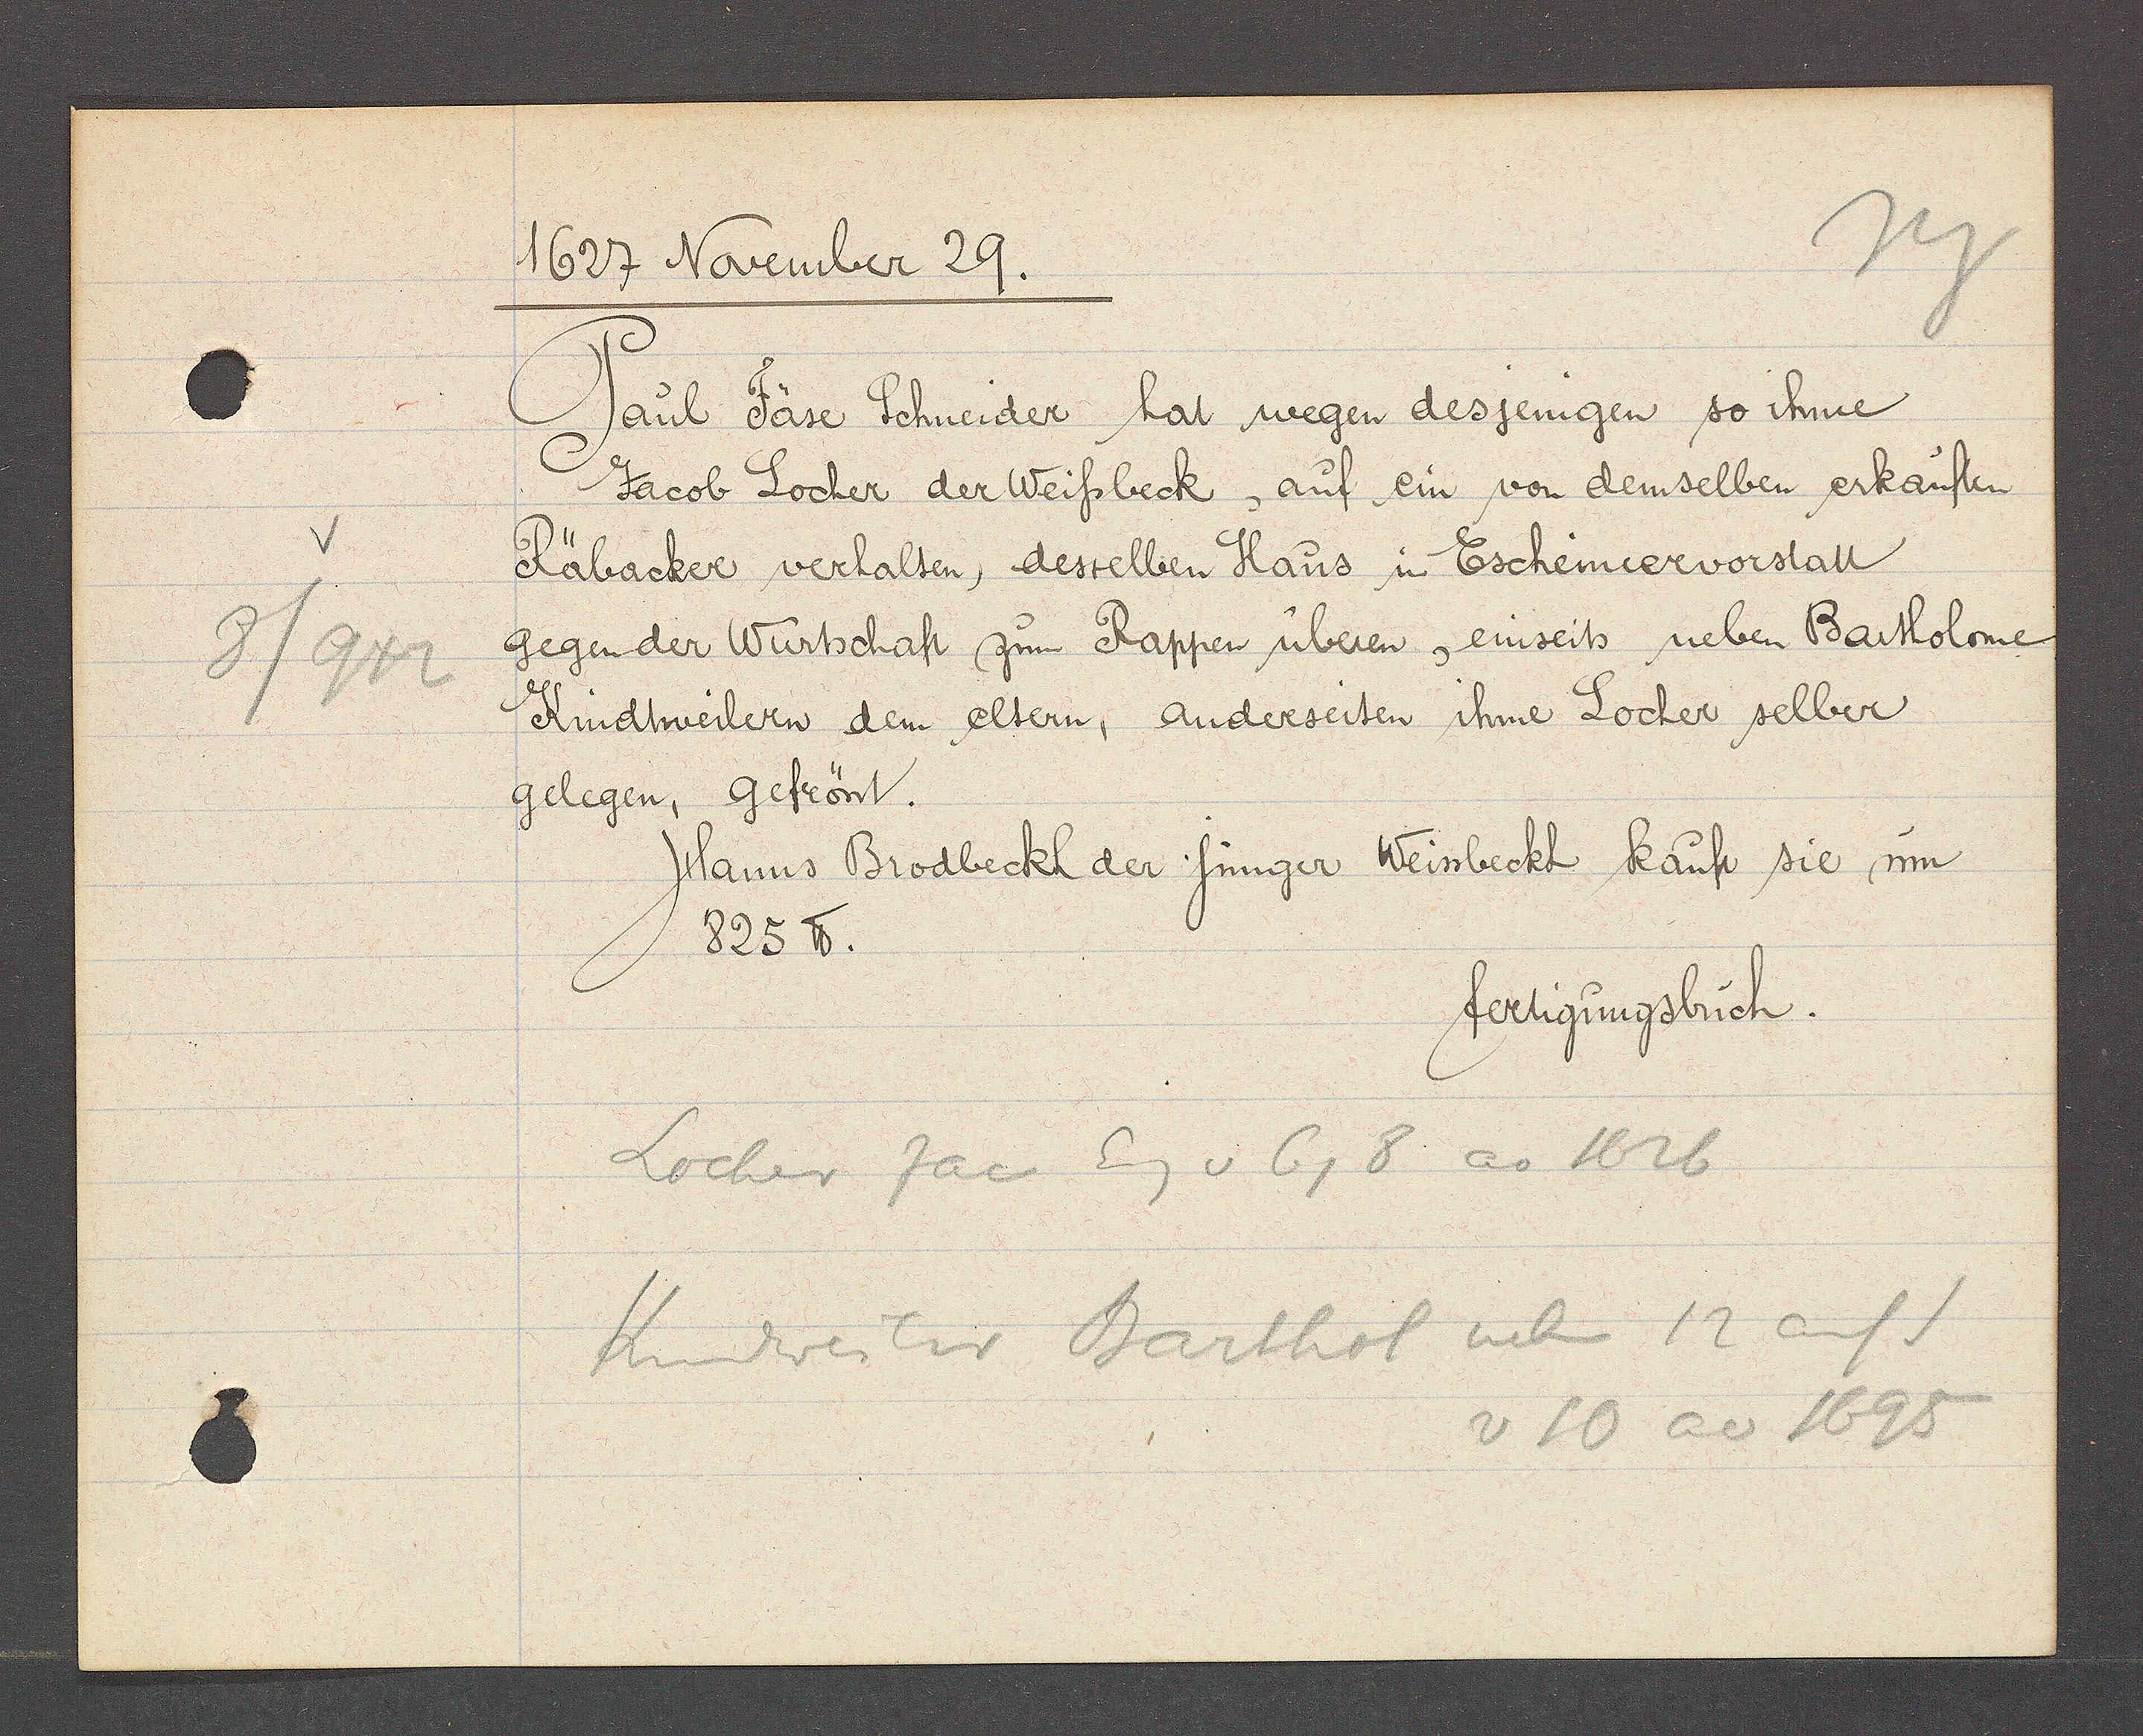
Transcript:
8
942

1627 November 29.

Paul Fäse Schneider hat wegen desjenigen so ihme
Jacob Locher der Weissbeck, auf ein von demselben erkauften
Räbacker verhalten, desselben Haus in Escheimeervorstatt
gegen der Wurtschaft zum Rappen überen, einseits neben Bartolome
Kindtweilern dem eltern, anderseiten ihme Locher selber
gelegen, gefrönt.
Hanns Brodbeckh der jünger Weissbeckh kauft sie um
825 ℔.

fertigungsbuch.

Locher Jac Eg v 6, 8 ao 1626
Kindweiler Barthol neben 12 auf S
v 10 ao 1695